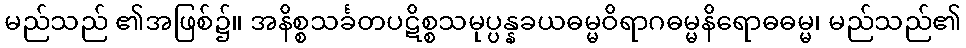
မည်သည် ၏အဖြစ်၌။ အနိစ္စသင်္ခတပဋိစ္စသမုပ္ပန္နခယဓမ္မဝိရာဂဓမ္မနိရောဓဓမ္မ၊ မည်သည်၏